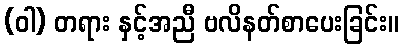
(ဝါ) တရား နှင့်အညီ ဗလိနတ်စာပေးခြင်း။